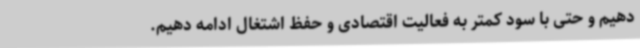
دهیم و حتی با سود کمتر به فعالیت اقتصادی و حفظ اشتغال ادامه دهیم.